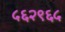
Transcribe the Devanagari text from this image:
५६२९६५